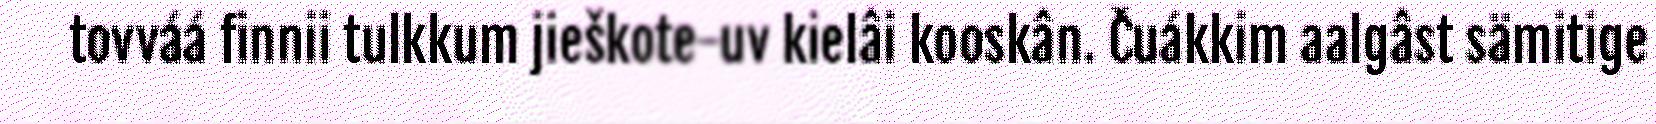
tovváá finnii tulkkum jieškote-uv kielâi kooskân. Čuákkim aalgâst sämitige